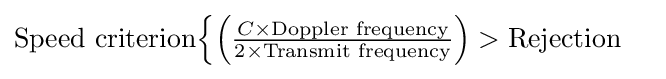
{\text{Speed criterion}}{\begin{cases}\left({\frac {C\times {\text{Doppler frequency}}}{2\times {\text{Transmit frequency}}}}\right)>{\text{Rejection}}\end{cases}}